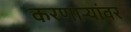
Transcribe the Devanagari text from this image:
करणाऱ्यांवर